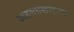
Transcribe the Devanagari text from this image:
अहमदशाहाचा